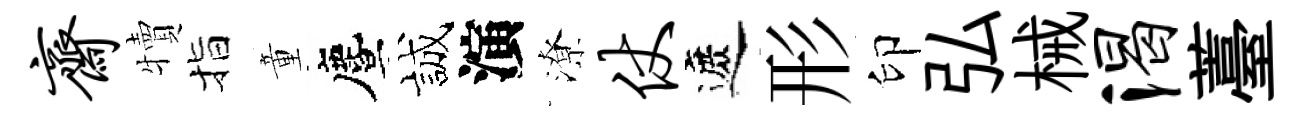
斋犢指童󵨌誠演潦仗遮形印弘械渴薹